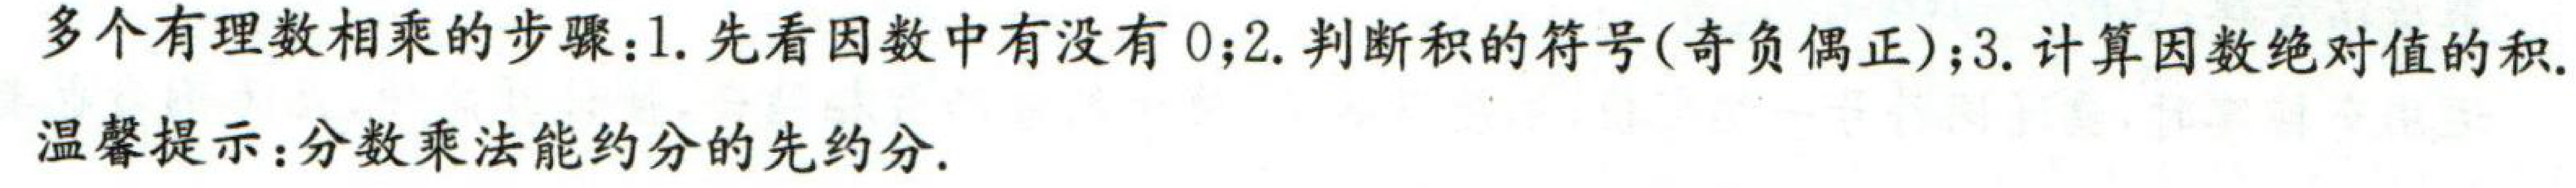
多个有理数相乘的步骤：1. 先看因数中有没有$0$；2. 判断积的符号(奇负偶正)；3. 计算因数绝对值的积.
温馨提示：分数乘法能约分的先约分.